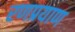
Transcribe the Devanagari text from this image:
रणप्रयाण